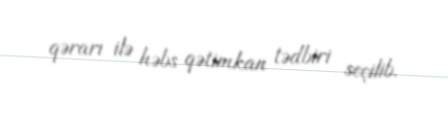
qərarı ilə həbs qətimkan tədbiri seçilib.